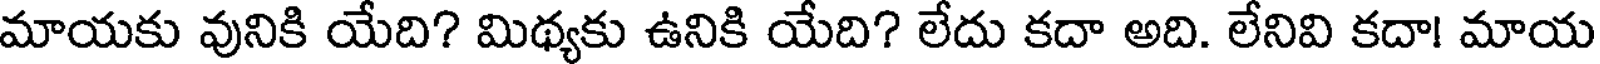
మాయకు వునికి యేది? మిథ్యకు ఉనికి యేది? లేదు కదా అది. లేనివి కదా! మాయ